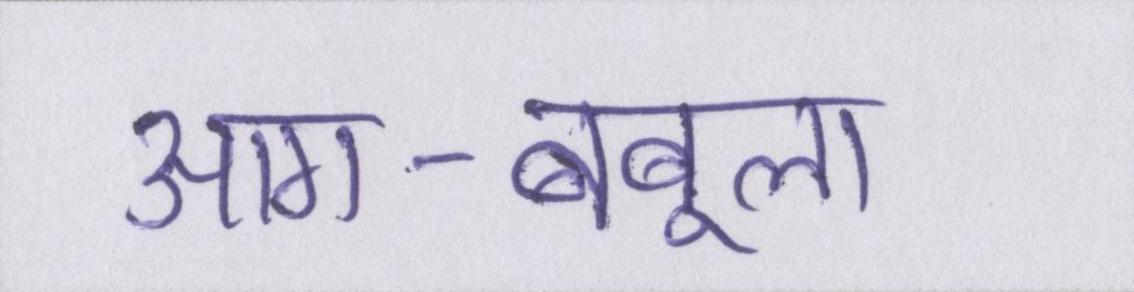
आग-बबूला